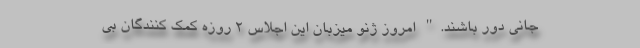
جانی دور باشند." امروز ژنو میزبان این اجلاس ۲ روزه کمک کنندگان بی